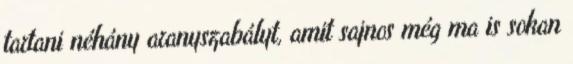
tartani néhány aranyszabályt, amit sajnos még ma is sokan